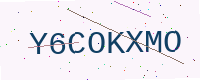
Text: Y6COKXMO